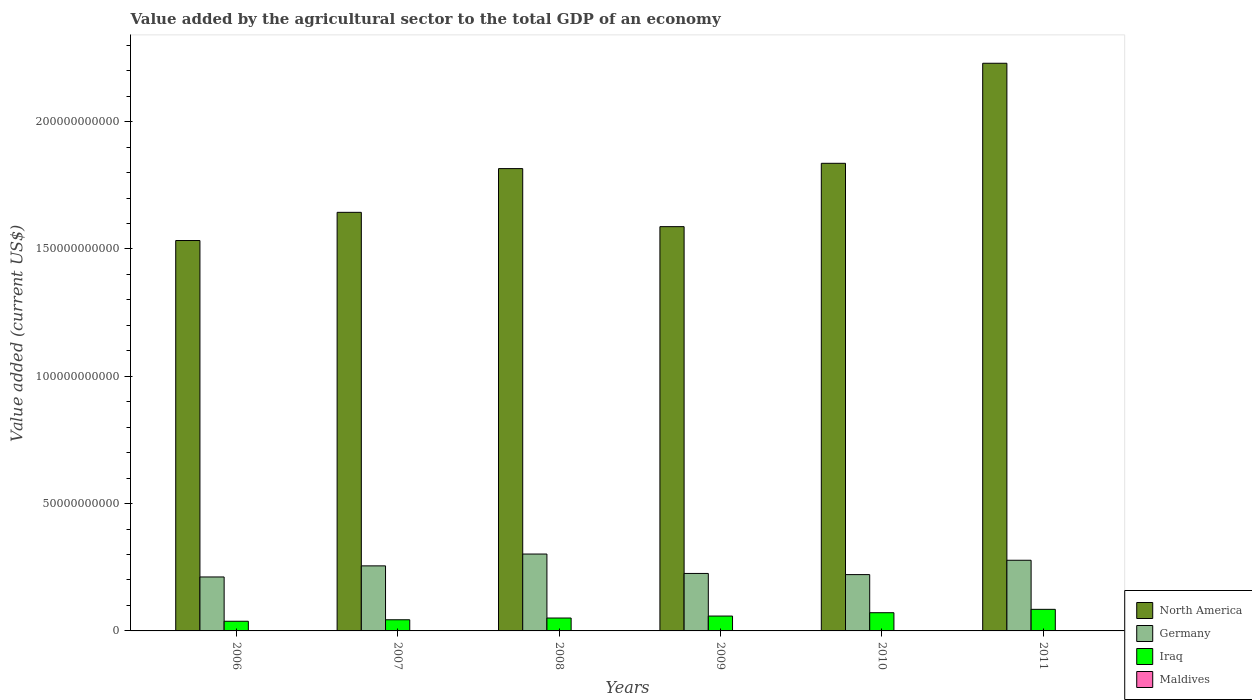
| Years | North America | Germany | Iraq | Maldives |
 | --- | --- | --- | --- | --- |
 | 2006 | 1.53e+11 | 2.12e+10 | 3.8e+09 | 8.38e+07 |
 | 2007 | 1.64e+11 | 2.56e+10 | 4.38e+09 | 8.7e+07 |
 | 2008 | 1.82e+11 | 3.02e+10 | 5.06e+09 | 1.07e+08 |
 | 2009 | 1.59e+11 | 2.26e+10 | 5.84e+09 | 8.56e+07 |
 | 2010 | 1.84e+11 | 2.21e+10 | 7.15e+09 | 9.22e+07 |
 | 2011 | 2.23e+11 | 2.78e+10 | 8.48e+09 | 8.92e+07 |